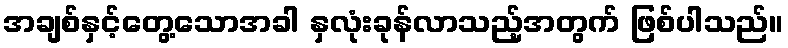
အချစ်နှင့်တွေ့သောအခါ နှလုံးခုန်လာသည့်အတွက် ဖြစ်ပါသည်။